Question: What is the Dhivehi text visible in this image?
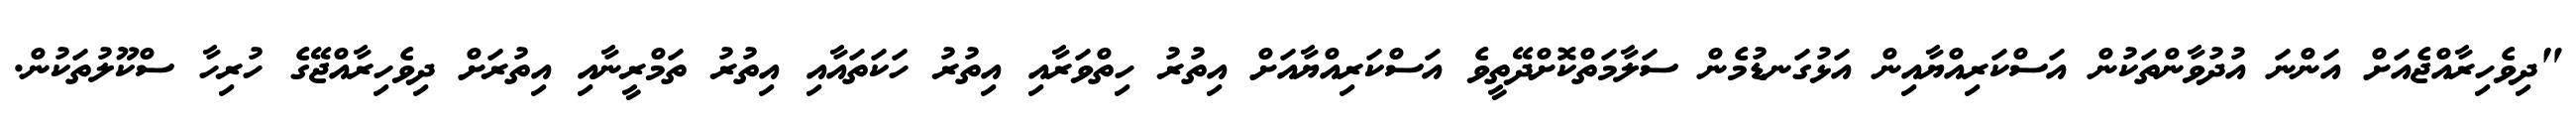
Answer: "ދިވެހިރާއްޖެއަށް އަންނަ އުދުވާންތަކުން އަސްކަރިއްޔާއިން އަޅުގަނޑުމެން ސަލާމަތްކޮށްދޭތީވެ އަސްކަރިއްޔާއަށް އިތުރު ހިތްވަރާއި އިތުރު ހަކަތައާއި އިތުރު ތަމްރީނާއި އިތުރަށް ދިވެހިރާއްޖޭގެ ހުރިހާ ސްކޫލުތަކުން.